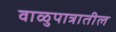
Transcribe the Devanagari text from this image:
वाळुपात्रातील